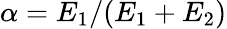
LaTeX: \alpha=E_{1}/(E_{1}+E_{2})